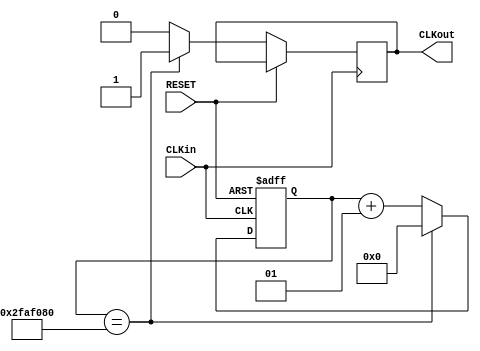
module ClockDivider(CLKin,RESET,CLKout);
    input CLKin;
    input RESET;
    output reg CLKout;

    parameter CLKoriginal = 50000000;
    integer CLKvalue = 0;
    always @(posedge CLKin, posedge RESET)
    if (RESET	== 1'b1)
    		CLKvalue <= 0;
 	else 
		if (CLKvalue == CLKoriginal)
		begin
			CLKout = 1'b1;
			CLKvalue <=  0;
		end
		else
		begin
			CLKvalue <= CLKvalue + 1;
			CLKout = 1'b0;
		end

    
endmodule